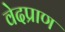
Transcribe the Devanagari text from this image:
वेदप्राण